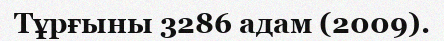
Тұрғыны 3286 адам (2009).